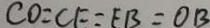
C O = C F = E B = O B